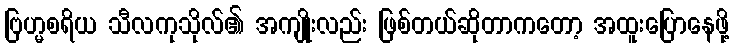
ဗြဟ္မစရိယ သီလကုသိုလ်၏ အကျိုးလည်း ဖြစ်တယ်ဆိုတာကတော့ အထူးပြောနေဖို့